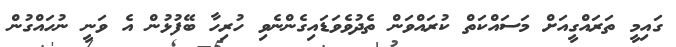
ގައިމީ ތަރައްގީއަށް މަސައްކަތް ކުރަައްވަން ތެދުވެވަޑައިގެންނެވި ހުރިހާ ބޭފުޅުން އެ ވަނީ ނުހައްގުން